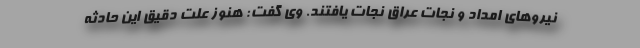
نیروهای امداد و نجات عراق نجات یافتند. وی گفت: هنوز علت دقیق این حادثه